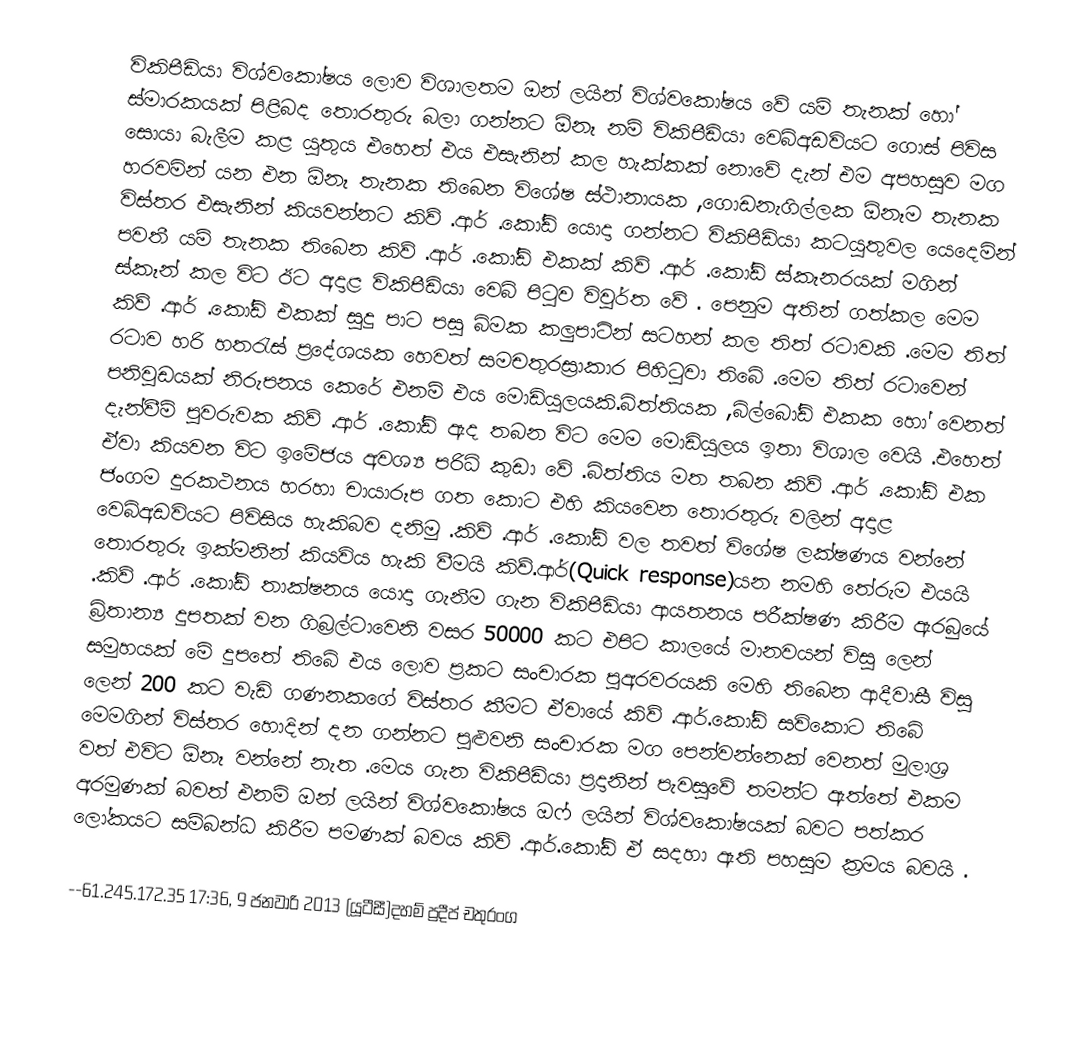
විකිපීඩියා විශ්වකෝෂය ලොව විශාලතම ඔන්‍ ලයින් විශ්වකෝෂය වේ යම් තැනක් හෝ ස්මාරකයක් පිළිබද තොරතුරු බලා ගන්නට ඕනෑ නම් විකිපීඩියා වෙබ්අඩවියට ගොස් පිවිස සොයා බැලීම කළ යුතුය එහෙත් එය එසැනින් කල හැක්කක් නොවේ දැන් එම අපහසුව මග හරවමින්  යන එන ඕනෑ තැනක තිබෙන විශේෂ ස්ථානායක ,ගොඩනැගිල්ලක ඕනෑම තැනක විස්තර එසැනින් කියවන්නට කිව් .ආර් .කෝඩ් යොදා ගන්නට විකිපීඩියා කටයුතුවල යෙදෙමින් පවතී  යම් තැනක තිබෙන කිව් .ආර් .කෝඩ් එකක් කිව් .ආර් .කෝඩ් ස්කෑනරයක් මගින් ස්කෑන් කල විට ඊට අදාළ  විකිපීඩියා වෙබ් පිටුව විවුර්ත වේ . පෙනුම අතින් ගත්කල  මෙම කිව් .ආර් .කෝඩ්  එකක් සුදු පාට  පසු බිමක කලුපාටින් සටහන් කල තිත් රටාවකි .මෙම තිත් රටාව හරි හතරැස් ප්‍රදේශ‍යක හෙවත් සමචතුරස්‍රාකාර පිහිටුවා තිබේ .මෙම තිත් රටාවෙන් පනිවුඩයක් නිරුපනය කෙරේ එනම් එය මොඩියුලයකි.බිත්තියක ,බිල්බෝඩ් එකක හෝ වෙනත් දැන්වීම් පුවරුවක කිව් .ආර් .කෝඩ් ඇද තබන විට මෙම මොඩියුලය ඉතා විශාල වෙයි .එහෙත්  ඒවා කියවන විට  ඉමේජය අවශ්‍ය පරිධි කුඩා වේ .බිත්තිය මත තබන කිව් .ආර් .කෝඩ් එක ජංගම දුරකථනය හරහා චායාරූප ගත කොට එහි කියවෙන තොරතුරු වලින් අදාළ වෙබ්අඩවියට පිවිසිය හැකිබව දනිමු .කිව් .ආර් .කෝඩ් වල තවත් විශේෂ ලක්ෂණය වන්නේ තොරතුරු ඉක්මනින් කියවිය හැකි වීමයි කිව්.ආර්(Quick response)යන නමහි තේරුම එයයි .කිව් .ආර් .කෝඩ් තාක්ෂනය යොදා ගැනීම ගැන විකිපීඩියා ආයතනය පරීක්ෂණ කිරීම ඇරබුයේ බ්‍රිතාන්‍ය දුපතක් වන ගිබ්‍රල්ටාවෙනි වසර 50000 කට එපිට කාලයේ මානවයන් විසු ලෙන් සමුහයක් මේ දුපතේ තිබේ එය ලොව ප්‍රකට සංචාරක පුඅරවරයකි මෙහි තිබෙන ආදීවාසී විසු ලෙන් 200 කට වැඩි ගණනකගේ විස්තර කීමට ඒවායේ කිව් .ආර්.කෝඩ් සවිකොට තිබේ මෙමගින් විස්තර හොදින් දන ගන්නට පුළුවනි සංචාරක මග පෙන්වන්නෙක් වෙනත් මුලාශ්‍ර වත් එවිට ඕනෑ වන්නේ නැත .මෙය ගැන විකිපීඩියා ප්‍රදානින් පැවසුවේ තමන්ට ඇත්තේ එකම අරමුණක් බවත් එනම්  ඔන්‍ ලයින් විශ්වකෝෂය  ඔෆ් ලයින් විශ්වකෝෂයක් බවට පත්කර ලෝකයට සම්බන්ධ කිරීම පමණක් බවය කිව් .ආර්.කෝඩ් ඒ සදහා ඇති පහසුම ක්‍රමය බවයි .

                  --61.245.172.35 17:36, 9 ජනවාරි 2013 (යූටීසී)දහම් ප්‍රදීප් චතුරංග